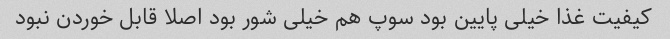
کیفیت غذا خیلی پایین بود سوپ هم خیلی شور بود اصلا قابل خوردن نبود